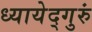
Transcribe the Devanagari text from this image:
ध्यायेद्गुरुं